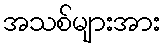
အသစ်များအား